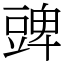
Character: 豍